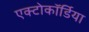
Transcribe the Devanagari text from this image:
एक्टोकॉर्डिया